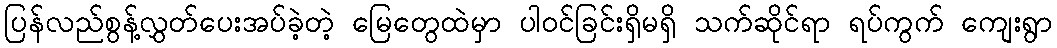
ပြန်လည်စွန့်လွှတ်ပေးအပ်ခဲ့တဲ့ မြေတွေထဲမှာ ပါဝင်ခြင်းရှိမရှိ သက်ဆိုင်ရာ ရပ်ကွက် ကျေးရွာ